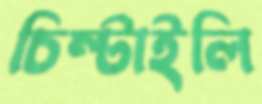
চিম্‌টাইলি